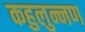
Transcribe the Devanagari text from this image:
कहुलुन्नण